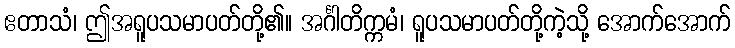
ဧတာသံ၊ ဤအရူပသမာပတ်တို့၏။ အင်္ဂါတိက္ကမံ၊ ရူပသမာပတ်တို့ကဲ့သို့ အောက်အောက်